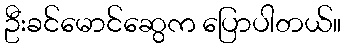
ဦးခင်မောင်ဆွေက ပြောပါတယ်။